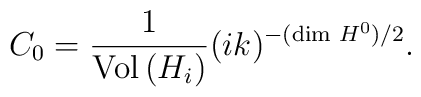
C_{0}=\frac{1}{{\rm Vol}\,(H_{i})}(ik)^{-(\dim\,H^{0})/2}.